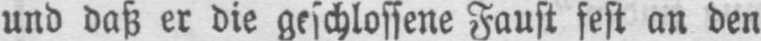
und daß er die geschlossene Faust fest an den